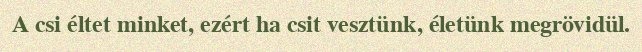
A csi éltet minket, ezért ha csit vesztünk, életünk megrövidül.